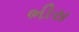
ભીસ